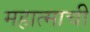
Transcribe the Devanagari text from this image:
महात्माची